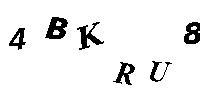
4BKRU8